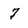
Character: 7